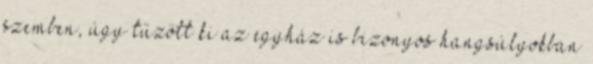
szemben, úgy tűzött ki az egyház is bizonyos hangsúlyokban